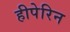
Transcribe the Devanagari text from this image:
हीपेरिन